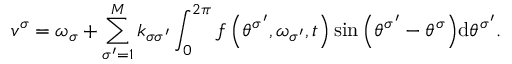
v ^ { \sigma } = \omega _ { \sigma } + \sum _ { \sigma ^ { \prime } = 1 } ^ { M } k _ { \sigma \sigma ^ { \prime } } \int _ { 0 } ^ { 2 \pi } f \left( \theta ^ { \sigma ^ { \prime } } , \omega _ { \sigma ^ { \prime } } , t \right) \sin { \left( \theta ^ { \sigma ^ { \prime } } - \theta ^ { \sigma } \right) } \mathrm { d } \theta ^ { \sigma ^ { \prime } } .